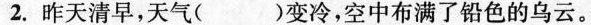
2.昨天清早，天气( ）变冷，空中布满了铅色的乌云。